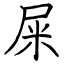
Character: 屎